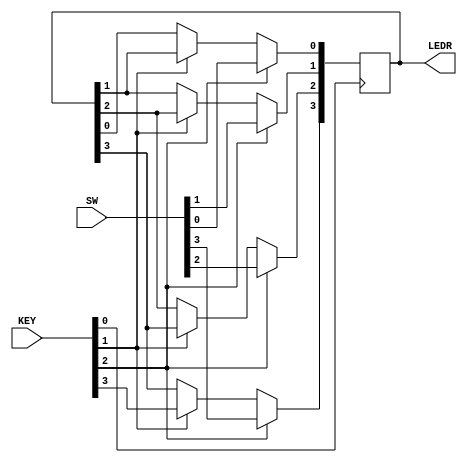
module top_module (
    input [3:0] SW,
    input [3:0] KEY,
    output [3:0] LEDR
); //
    always@(posedge KEY[0])
        begin
            LEDR[3]<=KEY[2]?SW[3]:(KEY[1]?KEY[3]:LEDR[3]);
            LEDR[2]<=KEY[2]?SW[2]:(KEY[1]?LEDR[3]:LEDR[2]);
            LEDR[1]<=KEY[2]?SW[1]:(KEY[1]?LEDR[2]:LEDR[1]);
            LEDR[0]<=KEY[2]?SW[0]:(KEY[1]?LEDR[1]:LEDR[0]);
        end
endmodule